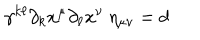
\gamma ^ { k \ell } \partial _ { k } x ^ { \mu } \partial _ { \ell } x ^ { \nu } ~ \eta _ { \mu \nu } = d